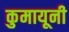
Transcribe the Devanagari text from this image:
कुमायूनी